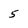
Character: 5